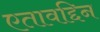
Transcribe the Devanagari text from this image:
एतावद्दिन